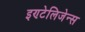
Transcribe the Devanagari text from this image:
इण्टेलिजेन्स